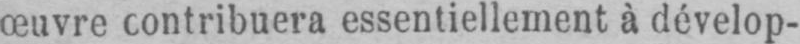
œuvre contribuera essentiellement à dévelop-